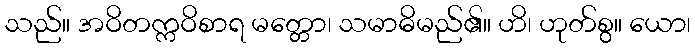
သည်။ အဝိတက္ကဝိစာရ မတ္တော၊ သမာဓိမည်၏။ ဟိ၊ ဟုတ်စွ။ ယော၊